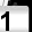
Digit: 1